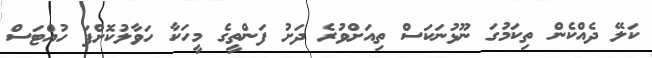
ކަލޭ ދެއްކެން ތިކަމުގަ ނޫޅުނަކަސް ތިއަށްވުރެ ދަށު ފަންތީގެ މީހަކާ ހަވާލުކޮށްފަ ހުއްޓަސް